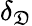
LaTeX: \delta_{\mathfrak{D}}